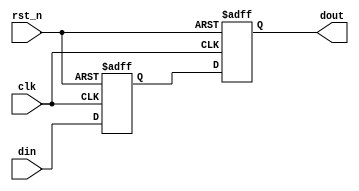
module TwoFF_Metastability_Detector (
    input wire clk,      // Clock signal
    input wire rst_n,    // Asynchronous reset (active low)
    input wire din,      // Input signal
    output reg dout      // Output signal (stabilized)
);

// Internal signals for the first and second flip-flops
reg ff1;
reg ff2;

// First flip-flop (FF1)
always @(posedge clk or negedge rst_n) begin
    if (!rst_n) begin
        ff1 <= 1'b0; // Reset FF1 to 0
    end else begin
        ff1 <= din;  // Sample the input signal
    end
end

// Second flip-flop (FF2)
always @(posedge clk or negedge rst_n) begin
    if (!rst_n) begin
        ff2 <= 1'b0; // Reset FF2 to 0
    end else begin
        ff2 <= ff1;  // Sample the output of FF1
    end
end

// Output assignment
always @(*) begin
    dout = ff2; // The stabilized output signal
end

endmodule